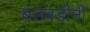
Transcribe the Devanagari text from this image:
बडबडीनी